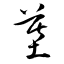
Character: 墓